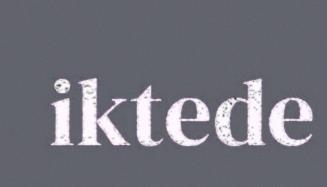
iktede